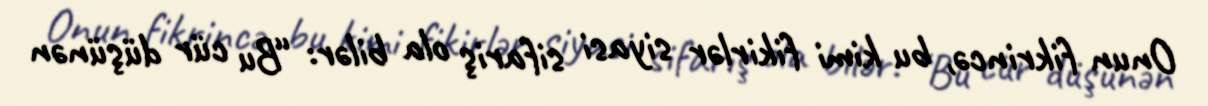
Onun fikrincə, bu kimi fikirlər siyasi sifariş ola bilər: “Bu cür düşünən